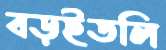
বড়ইতলি